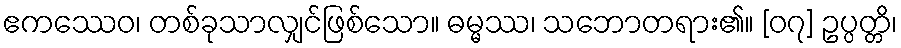
ဧကဿေဝ၊ တစ်ခုသာလျှင်ဖြစ်သော။ ဓမ္မဿ၊ သဘောတရား၏။ [၀၇] ဥပ္ပတ္တိ၊